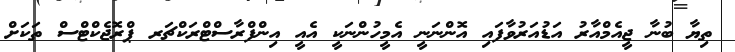
ތިޔާ ބުނާ ޖީއެމްއާރު އަޑުއަރުވާފައި އޮންނަނީ އެމީހުންނަކީ އެއީ އިންފްރާސްޓްރަކްޗަރ ޕްރޮޖެކްޓްސް ތަކަށް